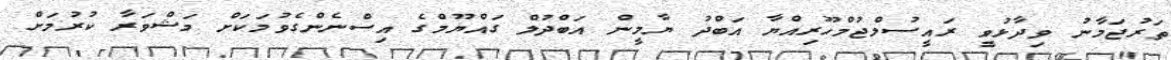
ތަރުޖަމާނު ވިދާޅުވީ ރައީސުލްޖުމްހޫރިއްޔާ އަބްދު ޔާމީން އަބްދުލް ގައްޔޫމްގެ އިސްނެންގެވުމަކަށް މަޝްވަރާ ކުރުމަށް